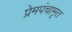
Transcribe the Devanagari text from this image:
प्रेमपंचामृत